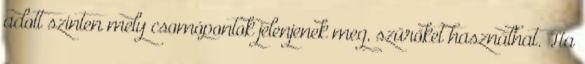
adott szinten mely csomópontok jelenjenek meg, szűrőket használhat. Ha